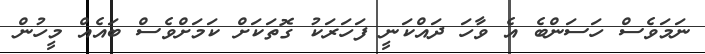
ނަމަވެސް ހަސަންބެ އެ ވާހަ ދައްކަނީ ފަހަރަކު ގޮތަކަށް ކަމަށްވެސް ބައެއް މީހުން